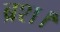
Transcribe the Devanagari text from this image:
ब्रश।